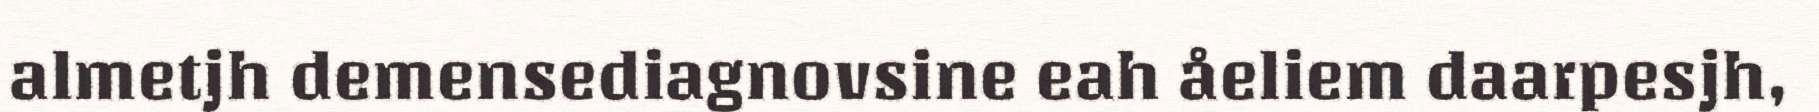
almetjh demensediagnovsine eah åeliem daarpesjh,